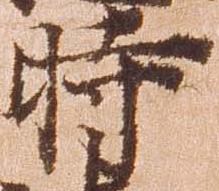
時